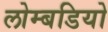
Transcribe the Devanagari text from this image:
लोम्बडियो